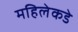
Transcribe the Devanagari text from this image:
महिलेकडे